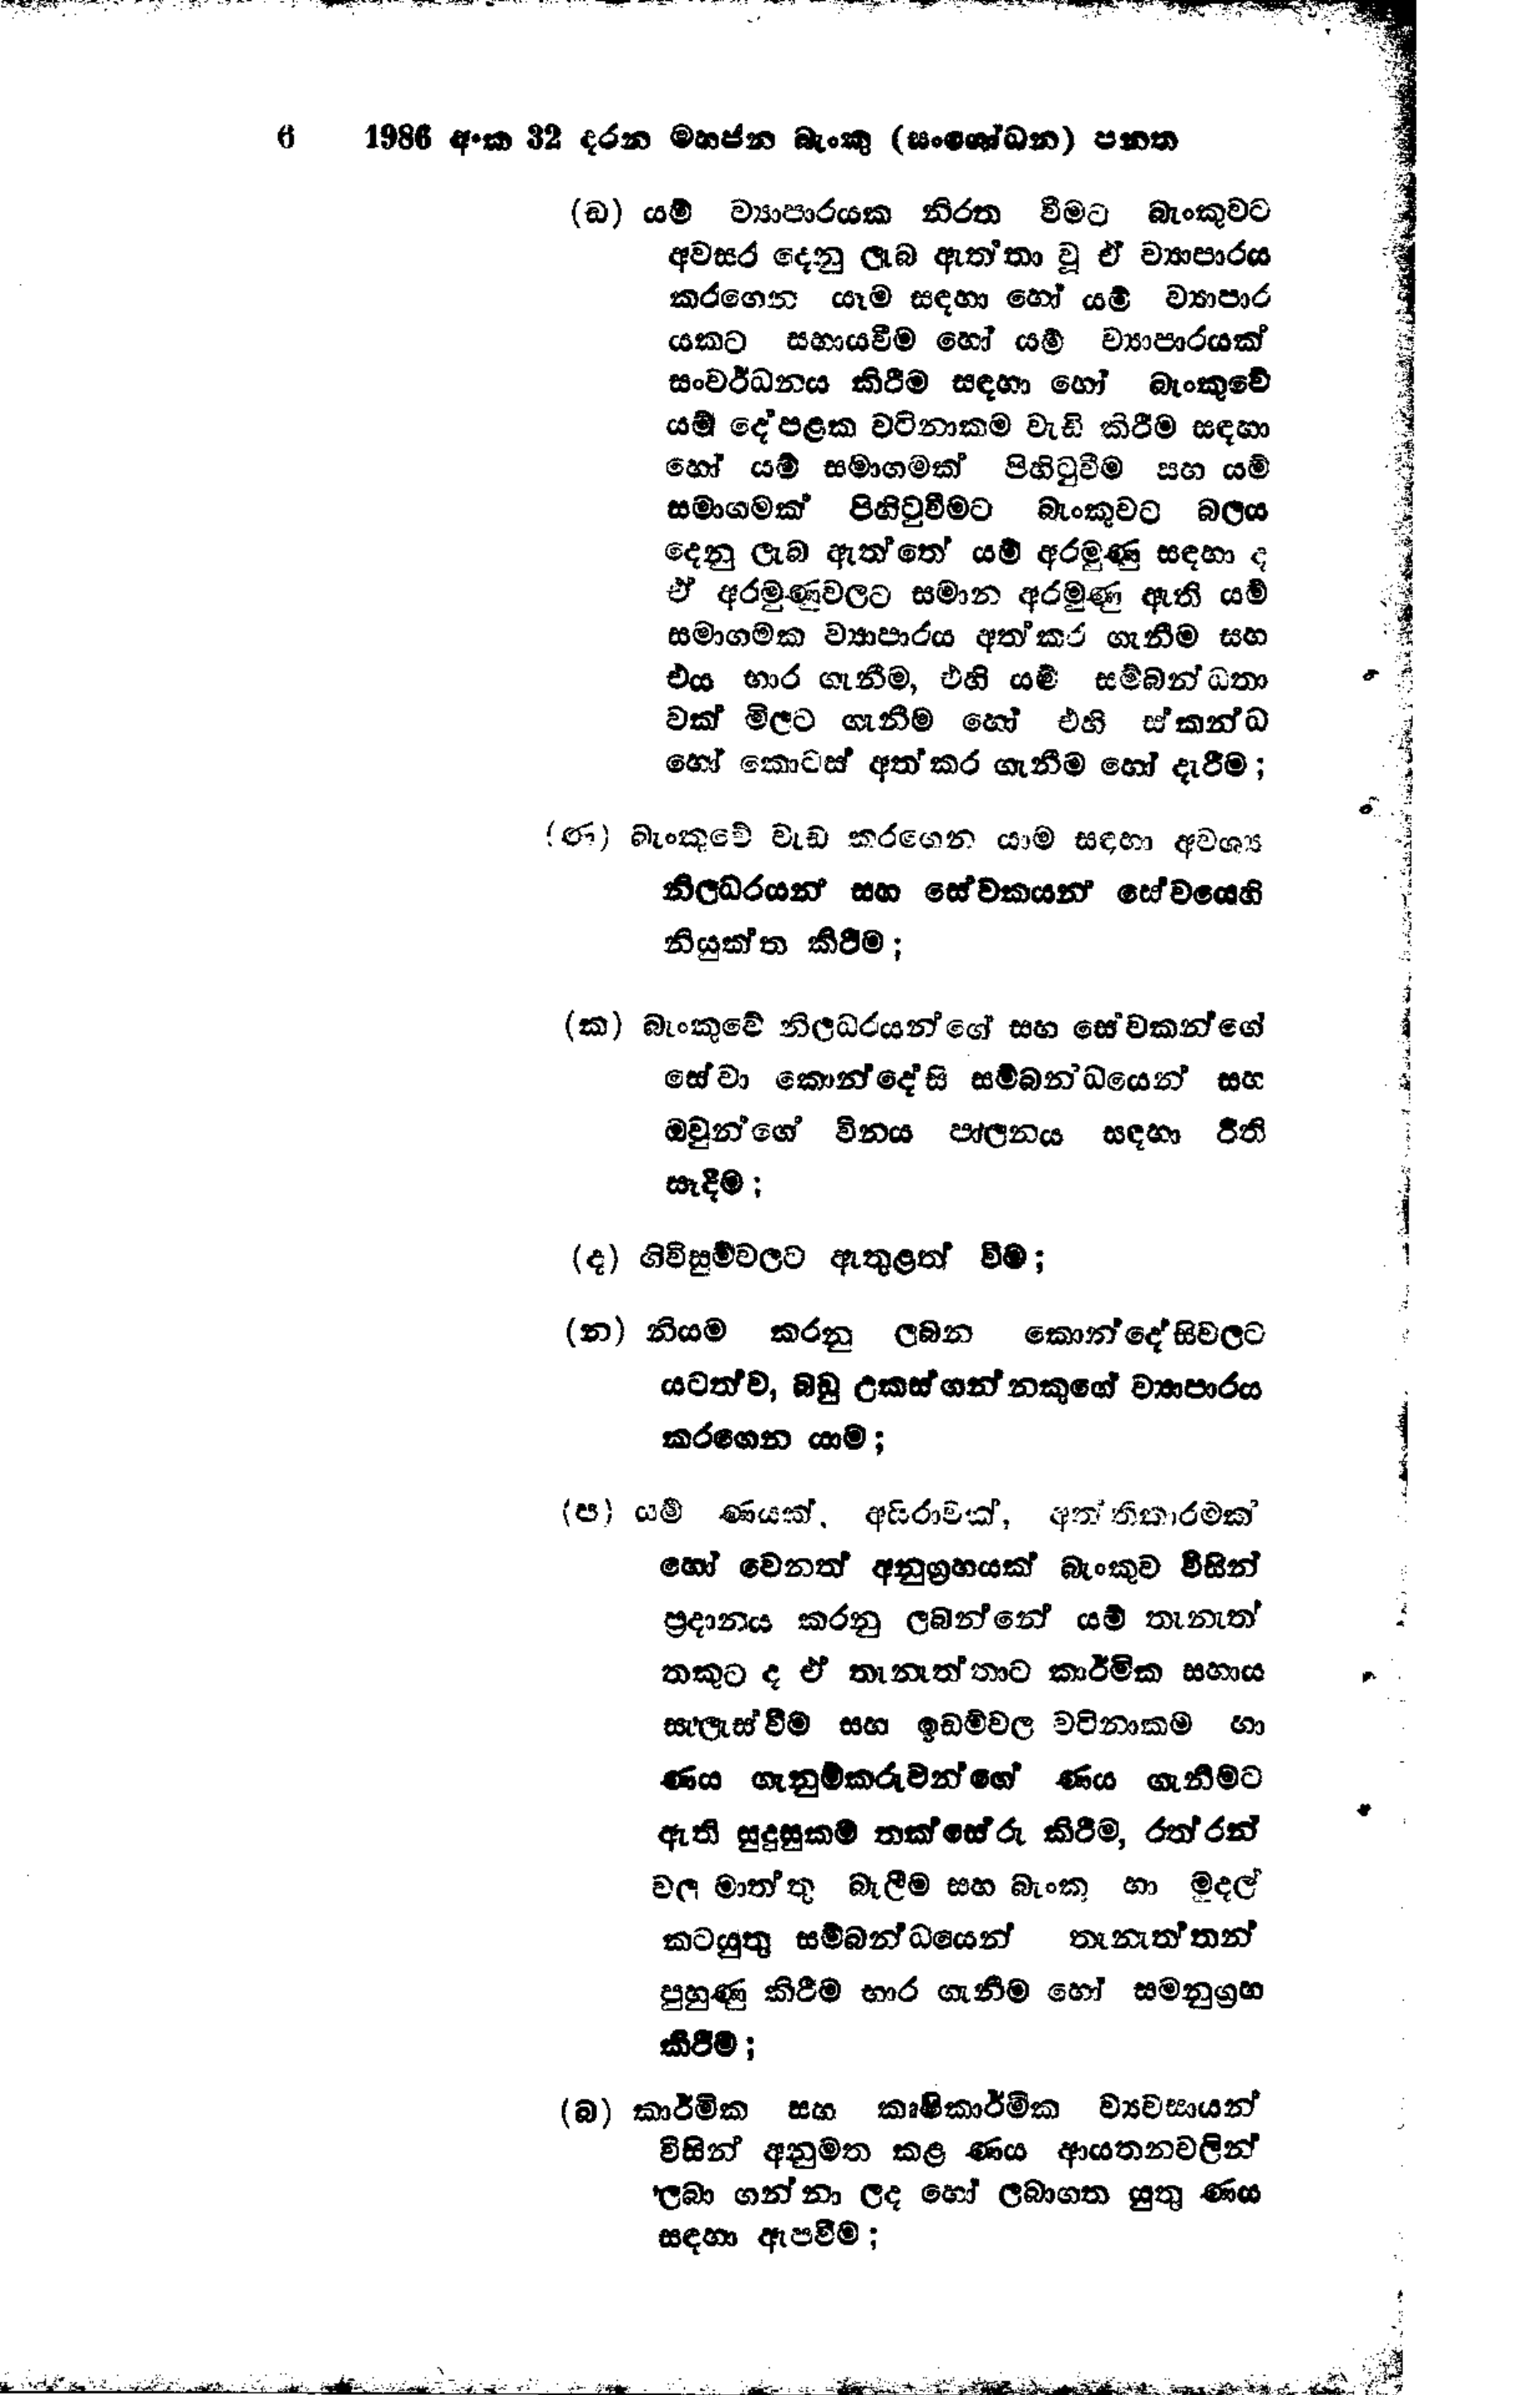
6 1986 අංක 32 දරන මහජන බැංකු (සංශෝධන ) පනත

(ඩ) යම් ව්‍යාපාරයක නිරත වීමට බැංකුවට
අවසර දෙනු ලැබ ඇත්තා වූ ඒ ව්‍යාපාරය
කරගෙන යෑම සඳහා හෝ යම් ව්‍යාපාර
යකට සහායවීම හෝ යම් ව්‍යාපාරයක්
සංවර්ධනය කිරීම සඳහා හෝ බැංකුවේ
යම් දේපළක වටිනාකම වැඩි කිරීම සඳහා
හෝ යම් සමාගමක් පිහිටුවීම සහ යම්
සමාගමක් පිහිටුවීමට බැංකුවට බලය
දෙනු ලැබ ඇත්තේ යම් අරමුණු සඳහා ද
ඒ අරමුණුවලට සමාන අරමුණු ඇති යම්
සමාගමක ව්‍යාපාරය අත් කර ගැනීම සහ
එය භාර ගැනීම, එහි යම් සම්බන්ධතා
වක් මිලට ගැනීම හෝ එහි ස්කන්ධ
හෝ කොටස් අත්කර ගැනීම හෝ දැරීම;

(ණ) බැංකුවේ වැඩ කරගෙන යාම සඳහා අවශ්‍ය
නිලධරයන් සහ සේවකයන සේවයෙහි
නියුක්ත කිරීම;

(ක) බැංකුවේ නිලධරයන්ගේ සහ සේවකන්ගේ
සේවා කොන්දේසි සම්බන්ධයෙන් සහ
ඔවුන්ගේ විනය පාලනය සඳහා රීති
සෑදීම:

(ද) ගිවිසුම්වලට ඇතුළත් වීම;

(න) නියම කරනු ලබන කොන්දේසිවලට
යටත්ව, බඩු උකස් ගන්නකුගේ ව්‍යාපාරය
කරගෙන යාම;

(ප) යම් ණයක්. අයිරාවක්, අත්තිකාරමක්
හෝ වෙනත් අනුග්‍රහයක් බැංකුව විසින්
ප්‍රදානය කරනු ලබන්නේ යම් තැනැත්
තකුට ද ඒ තැනැත්තාට කාර්මික සහාය
සැලැස්වීම සහ ඉඩම් වල වටිනාකම හා
ණය ගැනුම්කරුවන්ගේ ණය ගැනීමට
ඇති සුදුසුකම් තක්සේරු කිරීම, රත් රන්
වල මාත්තු බැලීම සහ බැංකු හා මුදල්
කටයුතු සම්බන්ධයෙන් තැනැත්තන්
පුහුණු කිරීම භාර ගැනීම හෝ සමනුග්‍රහ
කිරීම;

(බ) කාර්මික සහ කෘෂිකාර්මික ව්‍යවසායන්
විසින් අනුමත කළ ණය ආයතනවලින්
ලබා ගන්නා ලද හෝ ලබාගත යුතු ණය
සඳහා ඇපවීම්;